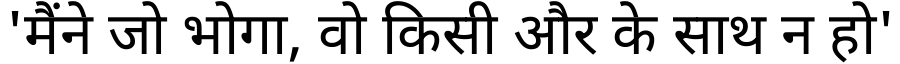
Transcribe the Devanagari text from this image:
'मैंने जो भोगा, वो किसी और के साथ न हो'